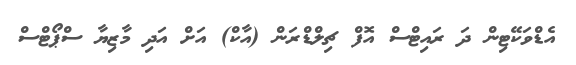
އެޑްވަކޭޓިން ދަ ރައިޓްސް އޮފް ޗިލްޑްރަން (އާކް) އަށް އަދި މާޒިޔާ ސްޕޯޓްސް